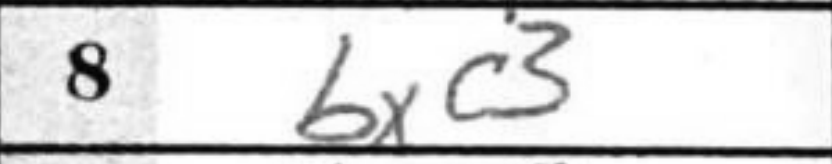
Transcription: bxc3